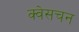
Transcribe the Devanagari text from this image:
क्वेसचन